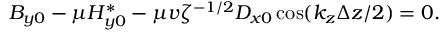
B _ { y 0 } - \mu H _ { y 0 } ^ { * } - \mu v \zeta ^ { - 1 / 2 } D _ { x 0 } \cos ( k _ { z } \Delta z / 2 ) = 0 .